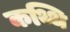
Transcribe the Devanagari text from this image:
कथ्थि